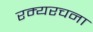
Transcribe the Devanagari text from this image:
रम्यरचना